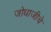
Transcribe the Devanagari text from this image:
जोधाजीचे